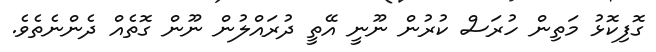
ގޮފިކޮޅު މަތިން ހުރަސް ކުރުން ނޫނީ އޭތީ ދުރައްލުން ނޫން ގޮތެއް ދެންނެތެވެ.